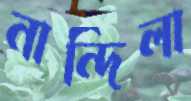
নান্দিলা